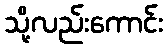
သို့လည်းကောင်း